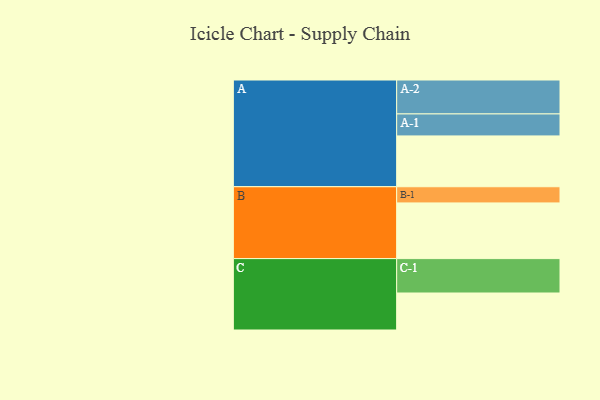
{"axis": {"x": "Segment", "y": "Value"}, "legend": ["", "A", "B", "C"], "data": [{"x": "A", "y": 430, "type": ""}, {"x": "B", "y": 471, "type": ""}, {"x": "C", "y": 313, "type": ""}, {"x": "A-1", "y": 186, "type": "A"}, {"x": "A-2", "y": 287, "type": "A"}, {"x": "B-1", "y": 137, "type": "B"}, {"x": "C-1", "y": 291, "type": "C"}]}